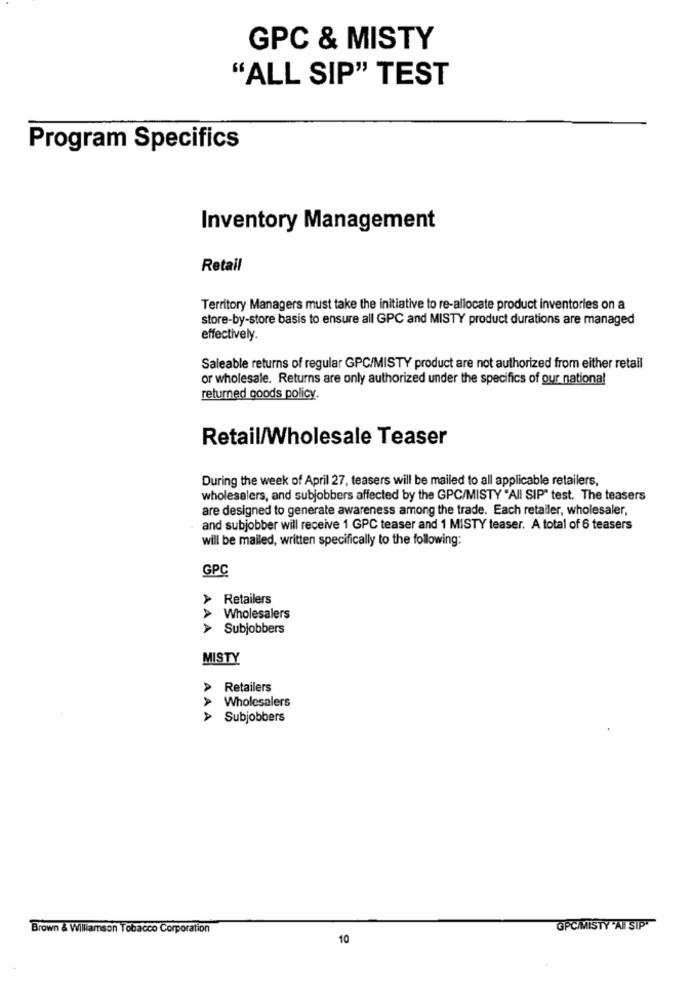
GPC & MISTY
"ALL SIP" TEST
Program Specifics
Inventory Management
Retail
Territory Managers must take the initiative to re-allocate product inventories on a
store-by-store basis to ensure all GPC and MISTY product durations are managed
effectively.
Saleable returns of regular GPC/MISTY product are not authorized from either retail
or wholesale. Returns are only authorized under the specifics of our national
returned goods policy.
Retail/Wholesale Teaser
During the week of April 27, teasers will be mailed to all applicable retailers,
wholesalers, and subjobbers affected by the GPC/MISTY "All SIP" test. The teasers
are designed to generate awareness among the trade. Each retailer, wholesaler,
and subjobber will receive 1 GPC teaser and 1 MISTY teaser. A total of 6 teasers
will be mailed, written specifically to the following:
GPC
Retailers
Wholesalers
> Subjobbers
AAA
MISTY
Retailers
Wholesalers
AAA
Subjobbers
Brown & Williamson Tobacco Corporation
GPC/MISTY "Al SIPT
10